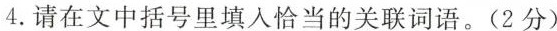
4.请在文中括号里填入恰当的关联词语。(2分)